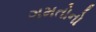
ગમતોનો